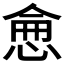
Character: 𢜒